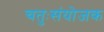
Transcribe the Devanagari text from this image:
चतुःसंयोजक